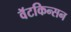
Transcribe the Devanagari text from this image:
वॅटकिन्सन